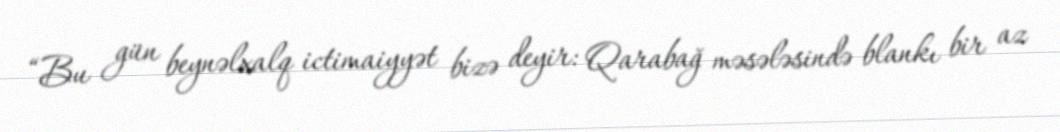
“Bu gün beynəlxalq ictimaiyyət bizə deyir: Qarabağ məsələsində blankı bir az